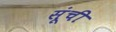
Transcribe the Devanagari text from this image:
सूंची